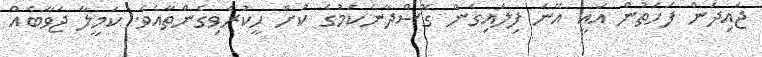
ޖައިދަން ފަހަތުން އައީ އޭނަ ފިލައިގެން ގޮސްދާނެކަމުގެ ކުށް ހީކުރެވިގެންތާއެވެ. ކަމީލާ ޖަވާބެއް